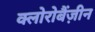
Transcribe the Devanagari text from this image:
क्लोरोबैंज़ीन